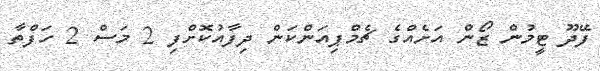
ފޭދޫ ޓީމުން ޒޯން އަށެއްގެ ޗެމްޕިއަންކަން ދިފާއުކޮށްފި 2 މަސް 2 ހަފްތާ